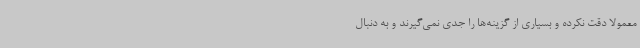
معمولاً دقت نکرده و بسیاری از گزینه‌ها را جدی نمی‌گیرند و به دنبال